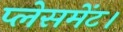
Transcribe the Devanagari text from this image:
प्लेसमेंट।